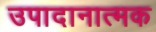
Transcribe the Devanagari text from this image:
उपादानात्मक